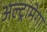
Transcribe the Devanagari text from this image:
अल्ट्रामेगा